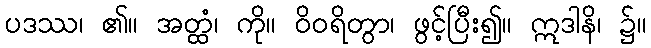
ပဒဿ၊ ၏။ အတ္ထံ၊ ကို။ ဝိဝရိတွာ၊ ဖွင့်ပြီး၍။ ဣဒါနိ၊ ၌။